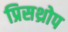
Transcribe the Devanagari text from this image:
प्रिसथ्रोप